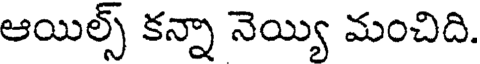
ఆయిల్స్ కన్నా నెయ్యి మంచిది.